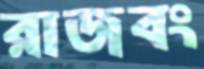
রাজবং